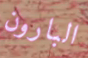
البارون